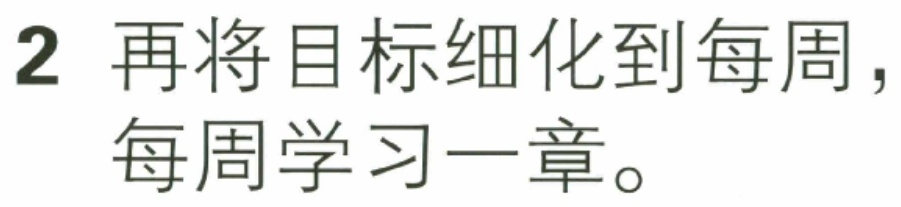
2 再将目标细化到每周, 每周学习一章。